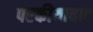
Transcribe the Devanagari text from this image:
परकीयावाद